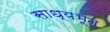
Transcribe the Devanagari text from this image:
साध्यभूत